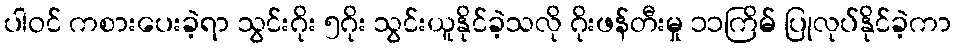
ပါဝင် ကစားပေးခဲ့ရာ သွင်းဂိုး ၅ဂိုး သွင်းယူနိုင်ခဲ့သလို ဂိုးဖန်တီးမှု ၁၁ကြိမ် ပြုလုပ်နိုင်ခဲ့ကာ